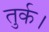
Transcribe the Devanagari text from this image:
तुर्क।